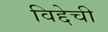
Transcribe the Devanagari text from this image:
विद्देची